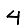
Digit: 4